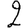
Digit: 2